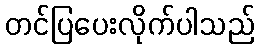
တင်ပြပေးလိုက်ပါသည်